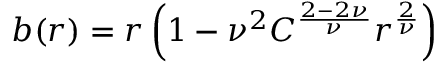
b ( r ) = r \left( 1 - { \nu } ^ { 2 } C ^ { \frac { 2 - 2 \nu } { \nu } } r ^ { \frac { 2 } { \nu } } \right)